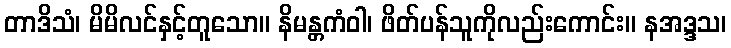
တာဒိသံ၊ မိမိလင်နှင့်တူသော။ နိမန္တကံဝါ၊ ဖိတ်ပန်သူကိုလည်းကောင်း။ နအဒ္ဒသ၊